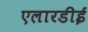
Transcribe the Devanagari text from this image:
एलारडीई